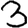
Digit: 3